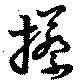
攃